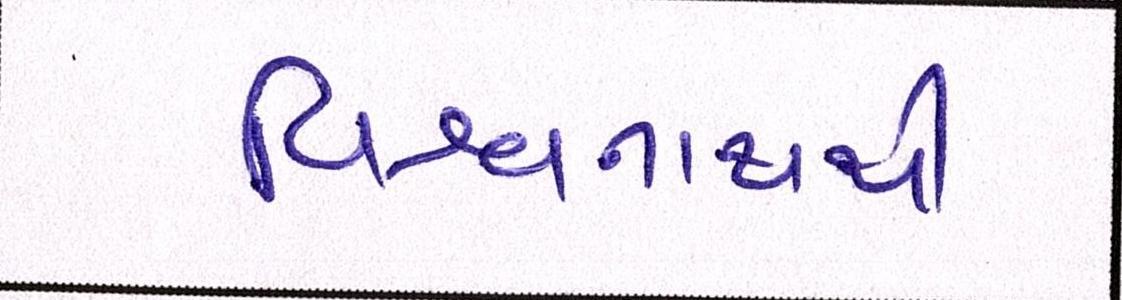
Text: વિશ્વનાથથી